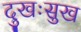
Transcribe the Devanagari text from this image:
दुखःसुख